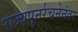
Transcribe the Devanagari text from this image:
राज्यपुनर्रचनेनंतर